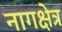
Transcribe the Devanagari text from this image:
नागक्षेत्र